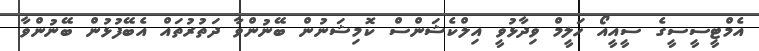
އެމްޓީސީސީގެ ސީއީއޯ ހަލީމް ވިދާޅުވީ އިލްކެޝަންސް ކޮމިޝަނުން ބޭނުންވާ ދަތުރުތައް އެބޭފުޅުން ބޭނުންވާ